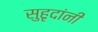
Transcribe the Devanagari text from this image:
सुहृदांनी